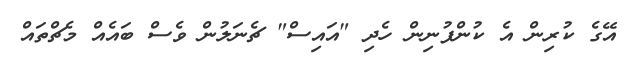
އޭގެ ކުރިން އެ ކުންފުނިން ހެދި "އައިސް" ޗެނަލުން ވެސް ބައެއް މެޗްތައް